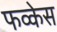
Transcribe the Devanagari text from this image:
फव्केस